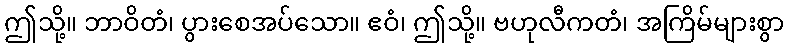
ဤသို့။ ဘာဝိတံ၊ ပွားစေအပ်သော။ ဧဝံ၊ ဤသို့။ ဗဟုလီကတံ၊ အကြိမ်များစွာ